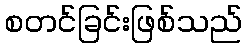
စတင်ခြင်းဖြစ်သည်